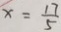
x = \frac { 1 7 } { 5 }